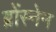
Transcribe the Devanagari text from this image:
ब्रोंस्नेन